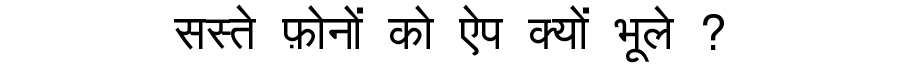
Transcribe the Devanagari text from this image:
सस्ते फ़ोनों को ऐप क्यों भूले ?